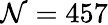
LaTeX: \mathcal{N}=457